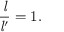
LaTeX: { \frac { \mathit { l } } { { \mathit { l } } ^ { \prime } } } = 1 .